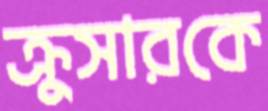
ক্রুসারকে